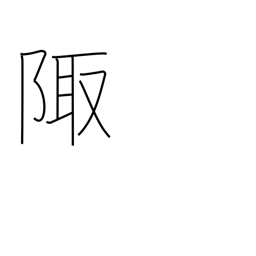
Meaning: corner